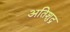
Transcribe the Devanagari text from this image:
अतिशुद्र